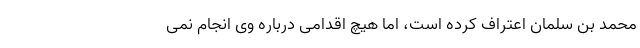
محمد بن سلمان اعتراف کرده است، اما هیچ اقدامی درباره وی انجام نمی